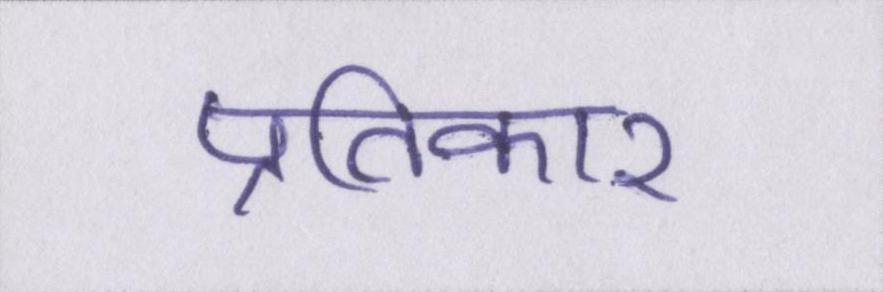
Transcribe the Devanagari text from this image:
प्रतिकार